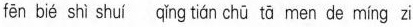
fēn bié shì shuí qǐng tián chū tā men de míng zi